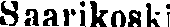
Saarikoski